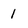
Character: 1